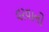
વરવાની